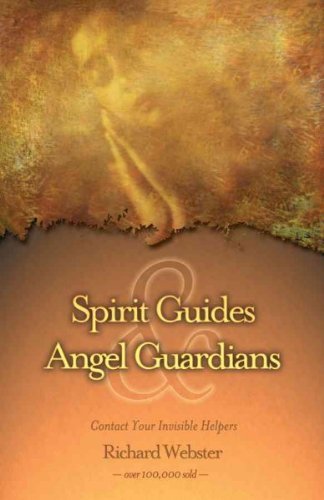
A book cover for Spirit Guides & Angel Guardians: Contact Your Invisible Helpers; Richard Webster; Christian Books & Bibles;